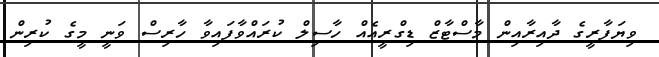
ވިޔަފާރީގެ ދާއިރާއިން މާސްޓާޒް ޑިގްރީއެއް ހާސިލް ކުރައްވާފައިވާ ހާރިސް ވަނީ މީގެ ކުރިން